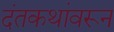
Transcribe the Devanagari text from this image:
दंतकथांवरून